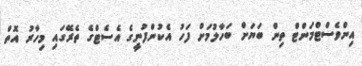
އިންވެސްޓްމަންޓް ތިން ބަޔަށް ބަހާލުމަށް ފަހު އެކުންފުނީގެ އެސެޓްގެ ތެރޭގައި މިހާރު އޮތް